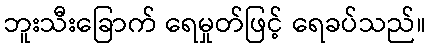
ဘူးသီးခြောက် ရေမှုတ်ဖြင့် ရေခပ်သည်။